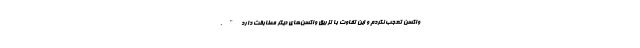
واکسن تعجب نکردم و این تفاوت با تزریق واکسن‌های دیگر مطابقت دارد".